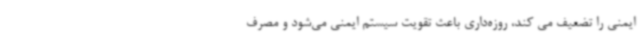
ایمنی را تضعیف می کند، روزه‌داری باعث تقویت سیستم ایمنی می‌شود و مصرف